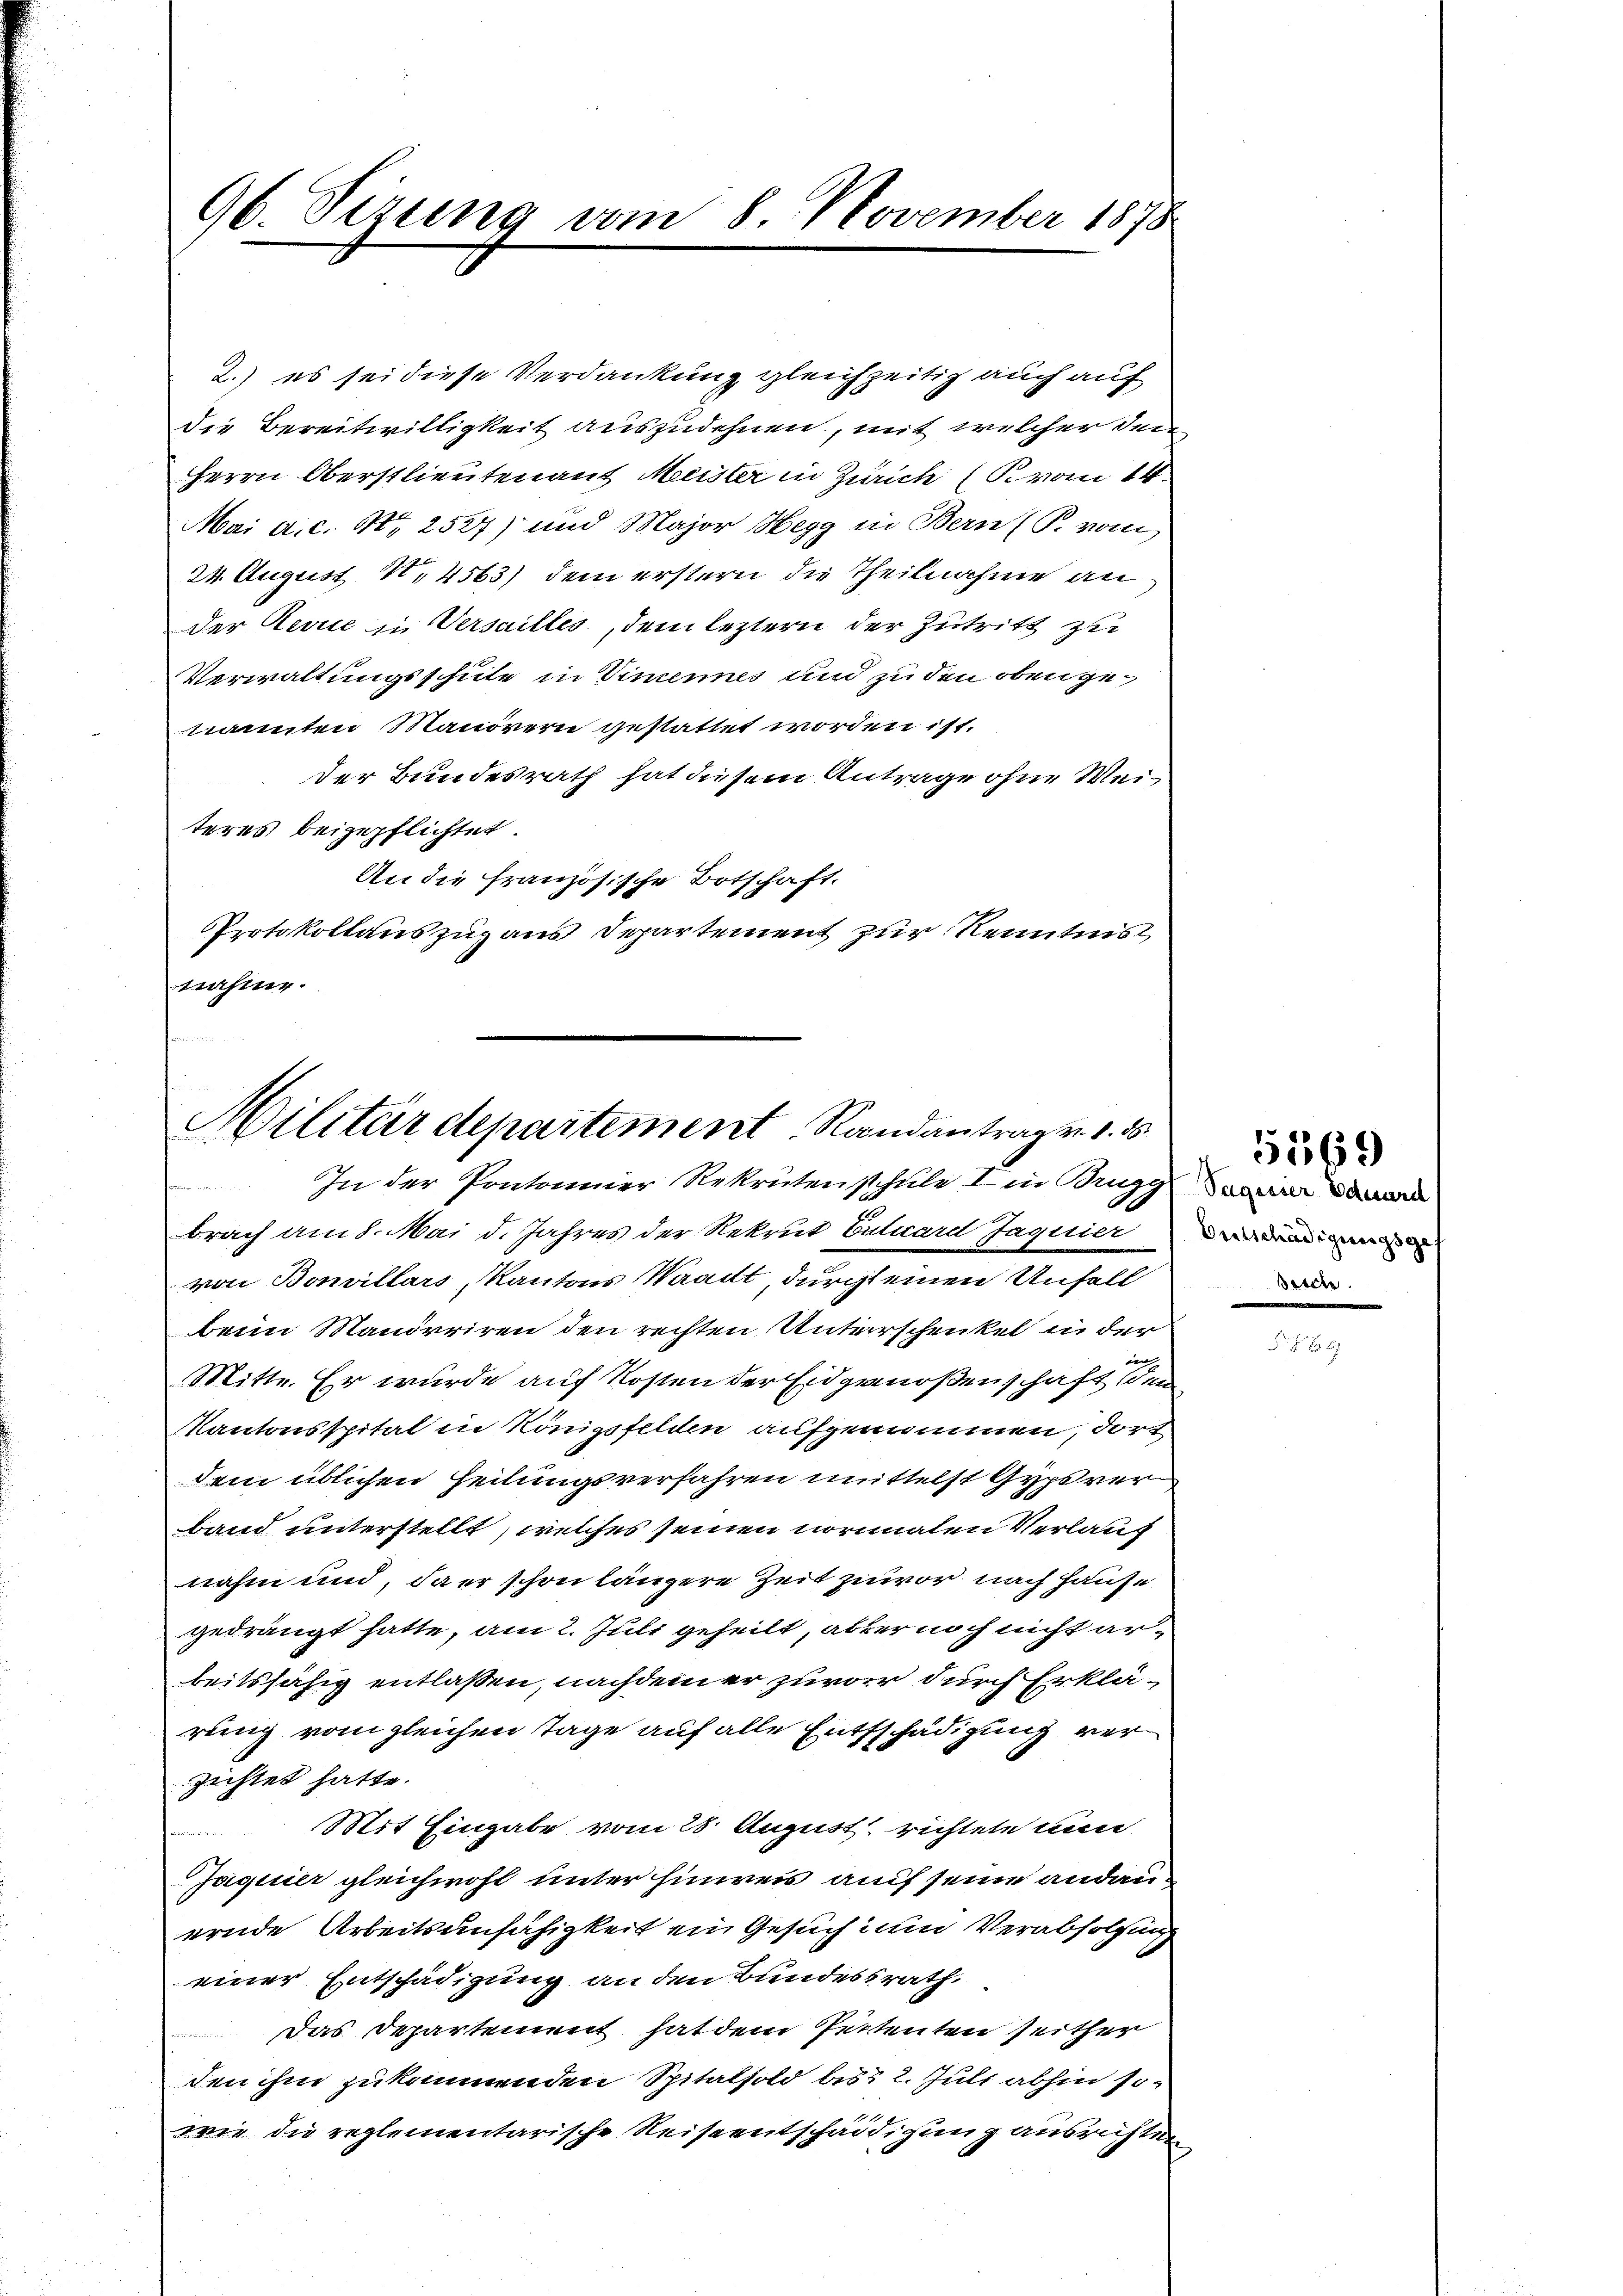
96. Sizung vom 8. November 1878

2.) es sei diese Verdankung gleichzeitig auch auf
die Bereitwilligkeit auszudehnen, mit welcher den¬
Herrn Oberstlieutenant Meister in Zürich (P. vom 14.
Mai a.c. S. 2527) und Major Hegg in Bern (P. vom
24. August N. 4563) dem erstern die Theilnahme an
der Revue in Verseilles, dem leztern der Zutritt zu
Verwaltungsschule in Dimenes und zu den oben gekannten Maurern gestattet worden ist.
der Bundesrath hat diesem Antrage ohne Weiteres beizupflichtet.
An die französische Botschaft.
PProtokollauszug aus Departement zur Kenntnis
nahme.

Militärdepartement Randantrag v. 1. 5

In der Pontonnier Rekrutenschule I in Brugg
tenen
brach am 8. Mai d. Jahres der Rekrut Entward Jaguier
von Bonillars Kantons Waadt, durch einen Unfall
beim Manörriren den rechten Unterschenkel in der
Mitte. Er wurde auf Kosten der Eidgenoßenschaft de
Kantonsspital in Königsfelden aufgenommen, dort
dem üblichen Heilungsverfahren mittelst Gypsrer
band unterstellt, welches seinen normalen Verlang
nahm und, da er schon längere Zeit zuvor nach Hause
gedrängt hatte, am 2. Juli geheilt, aber noch nicht arbeitsfähig entlaßen, nachdem er zuvor durch Erklärung vom gleichen Tage auf alle Entschädigung verzichtet hatte.
Mit Eingabe vom 28. August, richtete nun
Jaquier gleichwohl unter hinweis auf seine andauernde Arbeitsunfähigkeit ein Gesuch zum Verabfolgung
einer Entschädigung an den Bundesrath.
Das Departement hat dem Petenten seither
den ihm zukommenden Spitalfold bis 2. Juli abhin sowie die reglementarische Reiseentschädigung ausrichten

Bertschädigungsge
Bische

5569